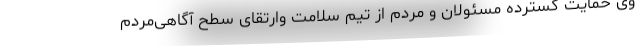
وی حمایت گسترده مسئولان و مردم از تیم سلامت وارتقای سطح آگاهی‌مردم‌